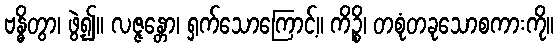
ဗန္ဓိတွာ၊ ဖွဲ့၍။ လဇ္ဇန္တော၊ ရှက်သောကြောင့်။ ကိဉ္စိ၊ တစုံတခုသောစကားကို။